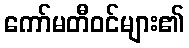
ကော်မတီဝင်များ၏